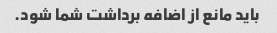
باید مانع از اضافه برداشت شما شود.